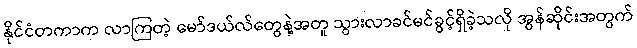
နိုင်ငံတကာက လာကြတဲ့ မော်ဒယ်လ်တွေနဲ့အတူ သွားလာခင်မင်ခွင့်ရှိခဲ့သလို အွန်ဆိုင်းအတွက်